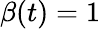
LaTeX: \beta(t)=1